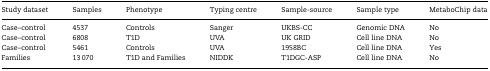
| Study dataset | Samples | Phenotype | Typing centre | Sample-source | Sample type | MetaboChip data |
 | --- | --- | --- | --- | --- | --- | --- |
 | Case–control | 4537 | Controls | Sanger | UKBS-CC | Genomic DNA | No |
 | Case–control | 6808 | T1D | UVA | UK GRID | Cell line DNA | No |
 | Case–control | 5461 | Controls | UVA | 1958BC | Cell line DNA | Yes |
 | Families | 13 070 | T1D and Families | NIDDK | T1DGC-ASP | Cell line DNA | No |